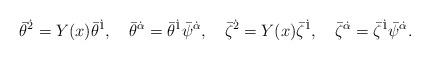
LaTeX: \begin{align*}{\bar\theta}^{\dot 2} = Y (x){\bar\theta}^{\dot 1} ,\quad{\bar\theta}^{\dot \alpha} = {\bar\theta}^{\dot 1}{\bar\psi}^{\dot\alpha},\quad{\bar\zeta}^{\dot 2} = Y (x){\bar\zeta}^{\dot 1} ,\quad{\bar\zeta}^{\dot \alpha} = {\bar\zeta}^{\dot 1} {\bar\psi}^{\dot\alpha}.\end{align*}